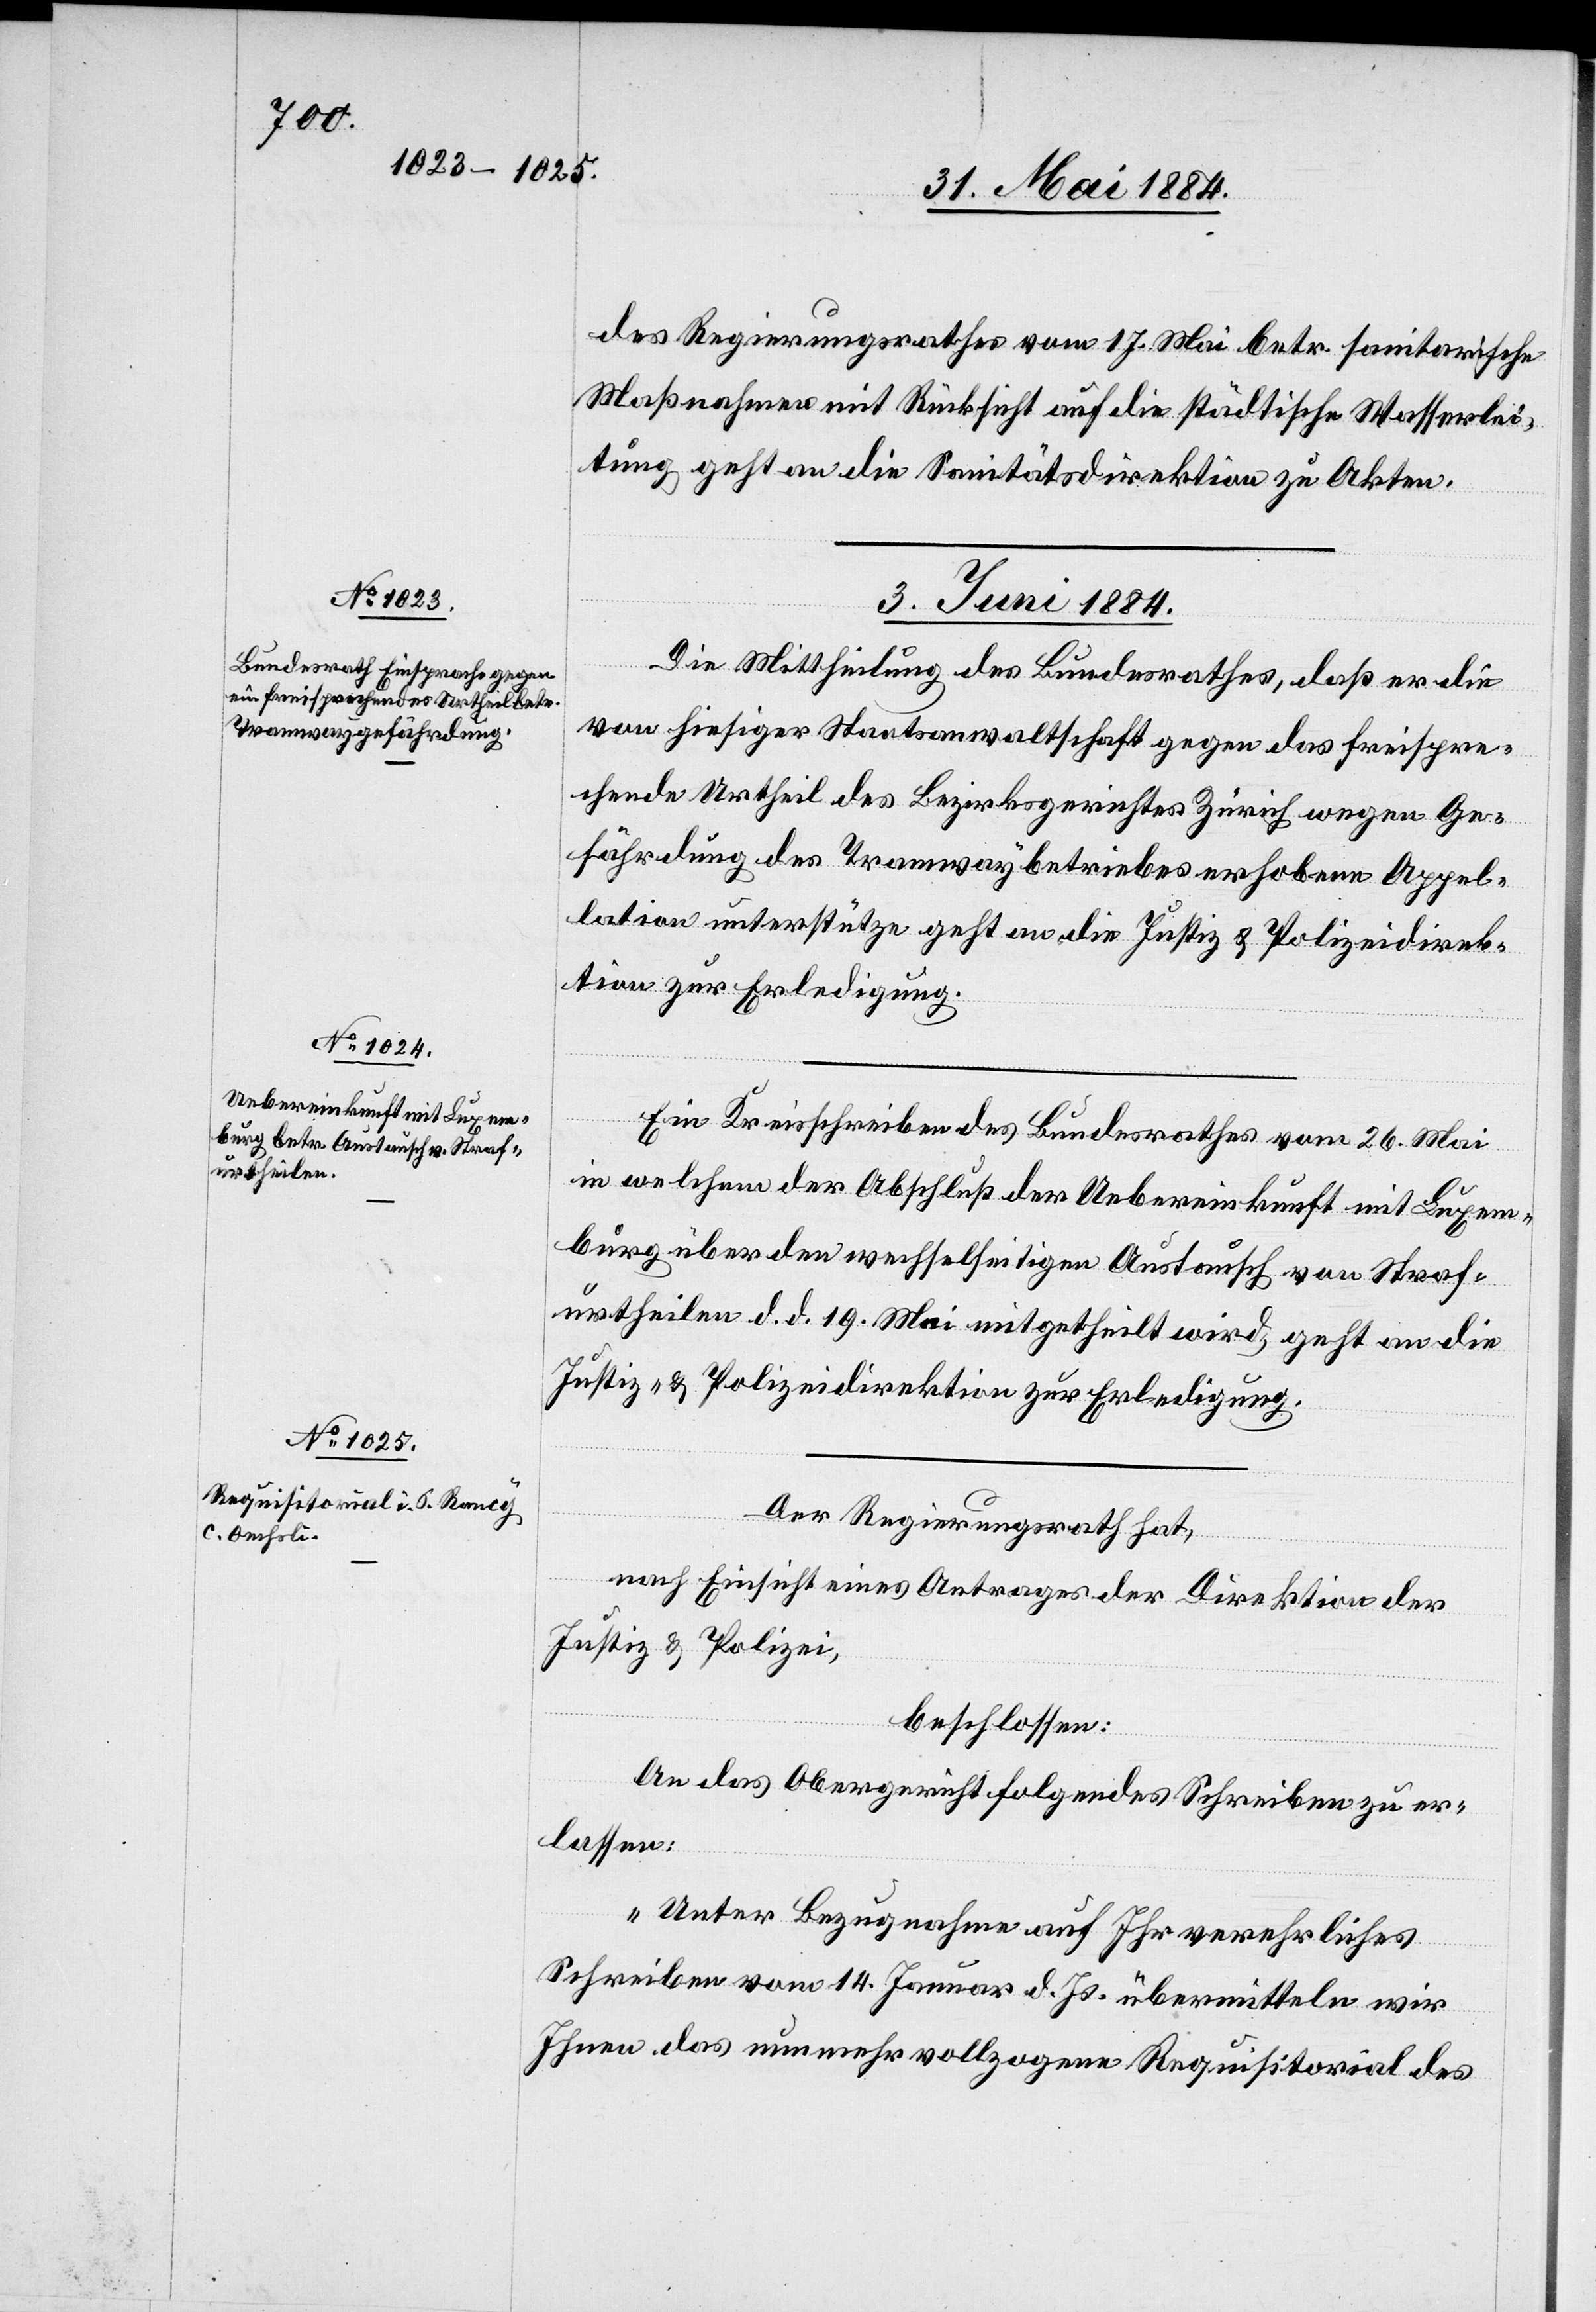
des Regierungsrathes vom 17. Mai betr. sanitarische
Maßnahmen mit Rücksicht auf die städtischen Wasserlei¬
tung geht an die Sanitätsdirektion zu Akten.
03. Juni 1884.]
Die Mittheilung des Bundesrathes, daß er die
von hiesiger Staatsanwaltschaft gegen das freispre¬
chende Urtheil des Bezirksgerichtes Zürich wegen Ge¬
fährdung des Tramwaybetriebes erhobene Appel¬
lation unterstütze geht an die Justiz[-] & Polizeidirek¬
tion zur Erledigung.
Ein Kreisschreiben des Bundesrathes vom 26. Mai
in welchem der Abschluß der Uebereinkunft mit Luxem¬
burg über den wechselseitigen Austausch von Straf¬
urtheilen d. d. 19. Mai mitgetheilt wird, geht an die
Justiz- & Polizeidirektion zur Erledigung.
Der Regierungsrath hat,
nach Einsicht eines Antrages der Direktion der
Justiz & Polizei,
beschlossen:
An das Obergericht folgendes Schreiben zu er¬
lassen:
„Unter Bezugnahme auf Ihr verehrliches
Schreiben vom 14. Januar d. Js. übermitteln wir
Ihnen das nunmehr vollzogene Requisitorial des